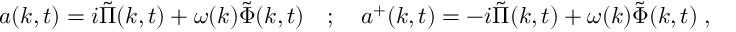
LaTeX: a ( k , t ) = i \tilde { \Pi } ( k , t ) + \omega ( k ) \tilde { \Phi } ( k , t ) \quad ; \quad a ^ { + } ( k , t ) = - i \tilde { \Pi } ( k , t ) + \omega ( k ) \tilde { \Phi } ( k , t ) \; ,